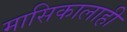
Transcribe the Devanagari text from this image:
मासिकालाही